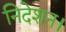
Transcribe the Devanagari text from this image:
निदेशन।